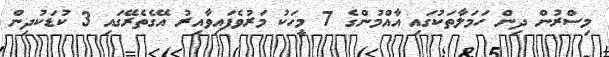
މިސްރުން ދިން ހަމަލާތަކުގައި އާއްމުންގެ 7 މީހަކު މަރުވެފައިވާއިރު އޭގެތެރޭގައި 3 ކުޑަކުދިން